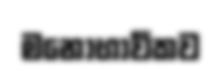
මනෝභාවිකව